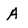
Character: A